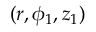
( r , \phi _ { 1 } , z _ { 1 } )